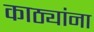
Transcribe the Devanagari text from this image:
काठ्यांना